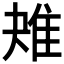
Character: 𨾕